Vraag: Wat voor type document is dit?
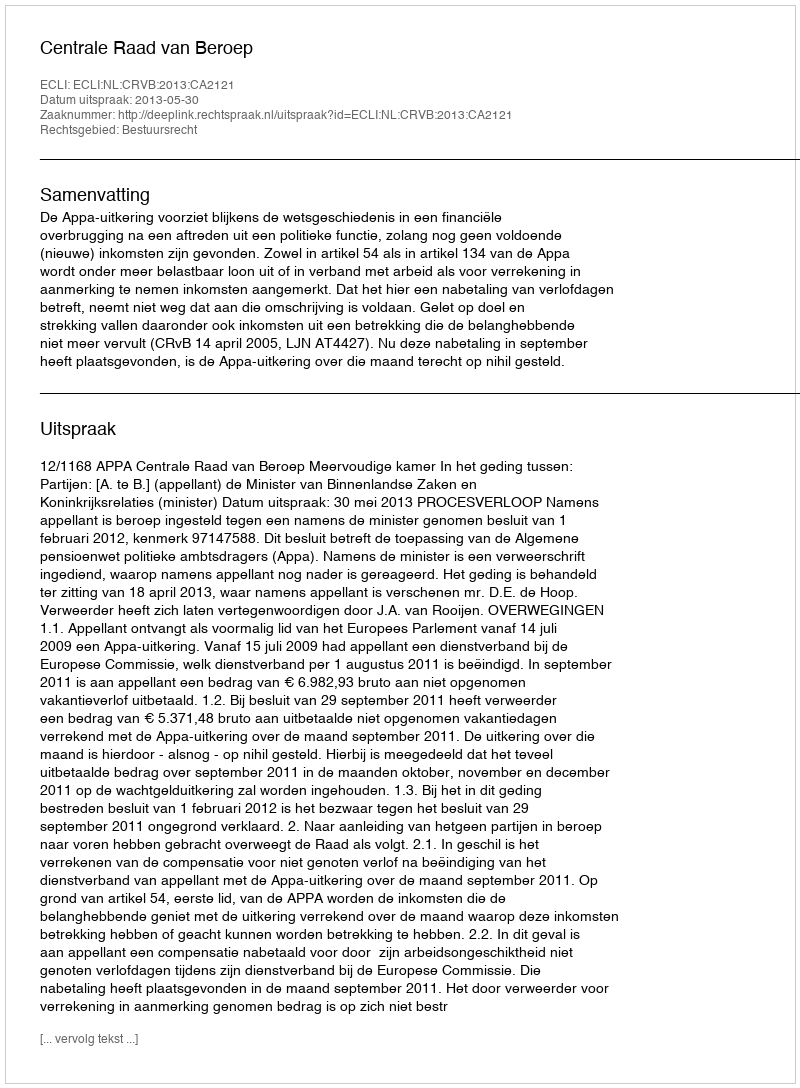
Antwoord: Uitspraak